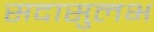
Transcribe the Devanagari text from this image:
सदासुलभ